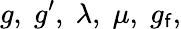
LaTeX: g,\; g^{\prime},\; \lambda,\; \mu,\; g_{\mathsf{f}},